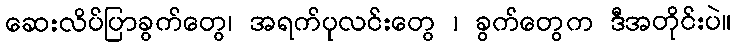
ဆေးလိပ်ပြာခွက်တွေ၊ အရက်ပုလင်းတွေ ၊ ခွက်တွေက ဒီအတိုင်းပဲ။